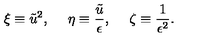
\xi \equiv \tilde { u } ^ { 2 } , \: \: \: \: \: \: \eta \equiv \frac { \tilde { u } } { \epsilon } , \: \: \: \: \: \: \zeta \equiv \frac { 1 } { \epsilon ^ { 2 } } .